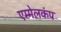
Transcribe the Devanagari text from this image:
एम्मेलकंप